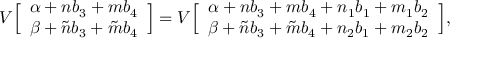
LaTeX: V \Big [ \begin{array} { c } { { \alpha + n b _ { 3 } + { m } b _ { 4 } } } \\ { { \beta + \tilde { n } b _ { 3 } + \tilde { m } b _ { 4 } } } \end{array} \Big ] = V \Big [ \begin{array} { c } { { \alpha + n b _ { 3 } + { m } b _ { 4 } + n _ { 1 } b _ { 1 } + m _ { 1 } b _ { 2 } } } \\ { { \beta + \tilde { n } b _ { 3 } + \tilde { m } b _ { 4 } + n _ { 2 } b _ { 1 } + m _ { 2 } b _ { 2 } } } \end{array} \Big ] ,